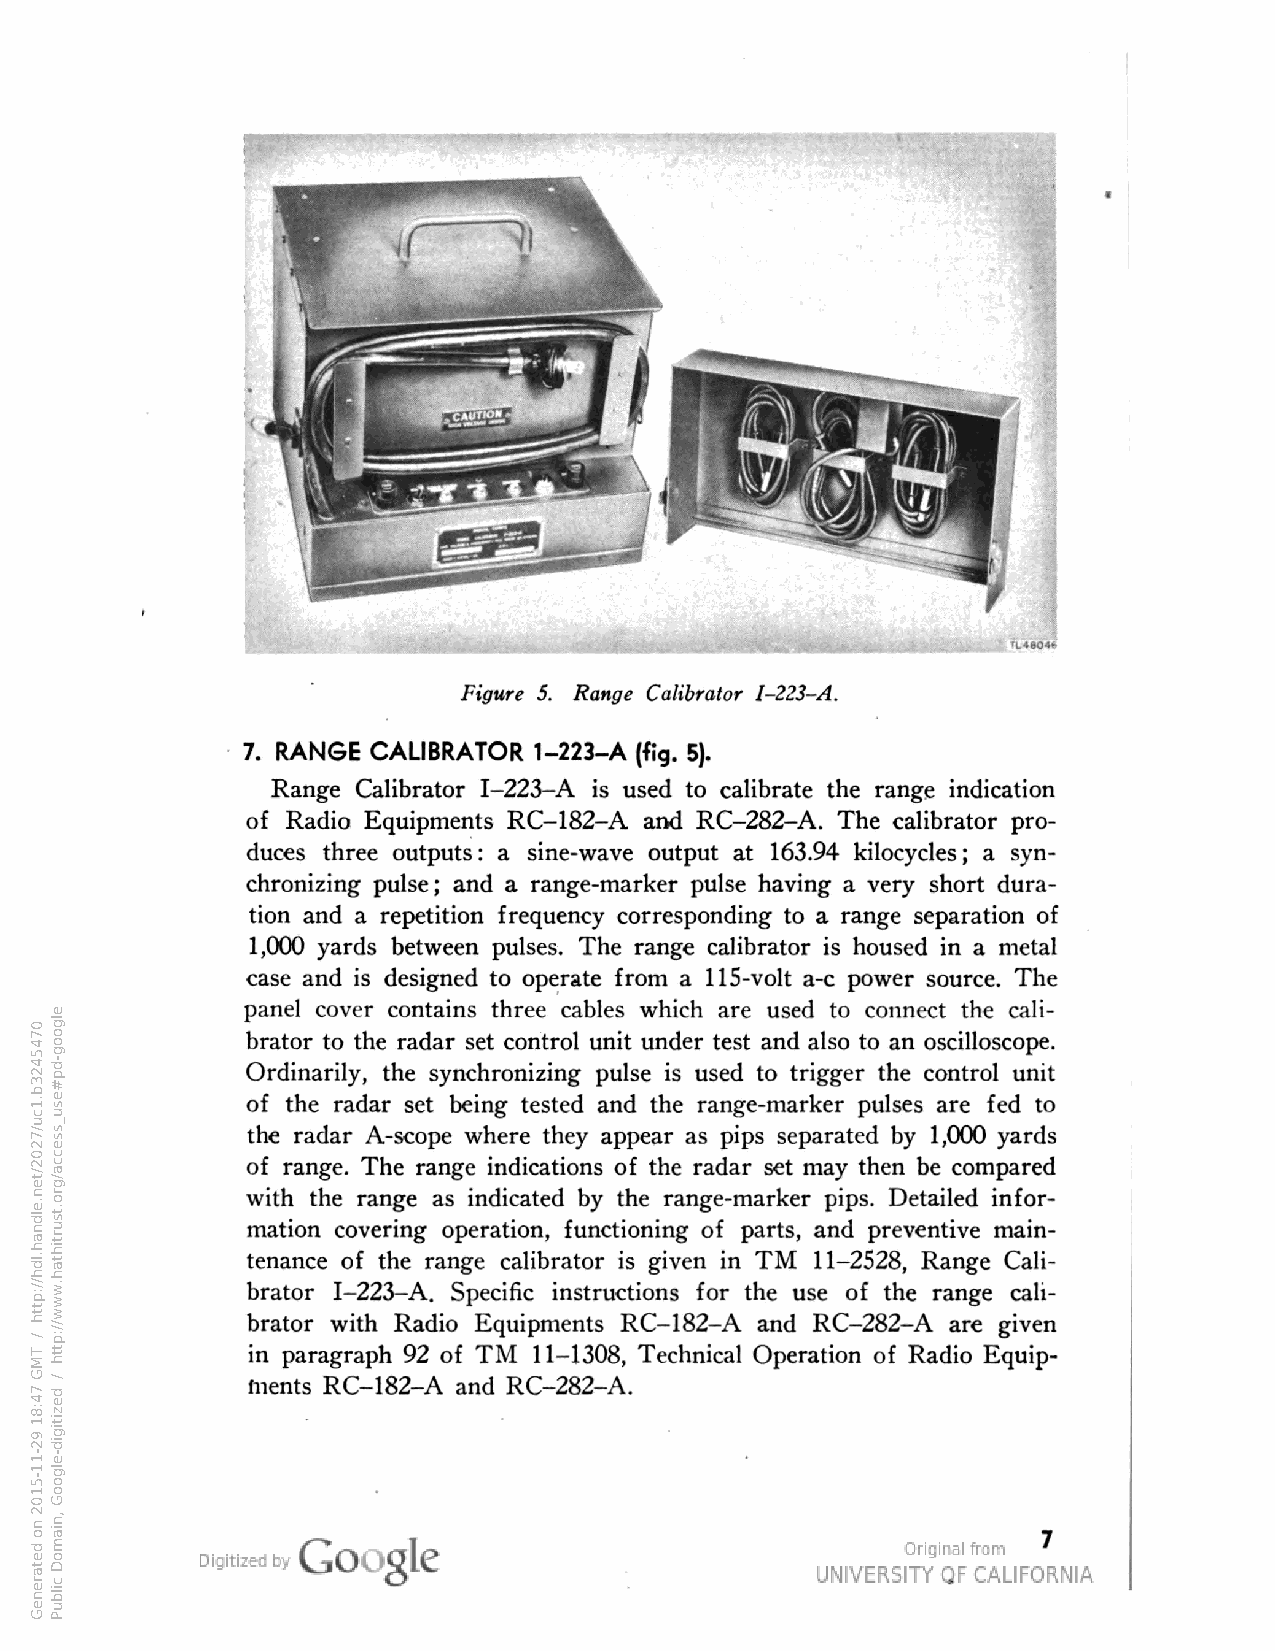
Figure 5. Range Calibrator 1-223-A.
 7. RANGE CALIBRATOR 1-223-A (fig.
 Range Calibrator 1-223-A used to calibrate the range indication
 of Radio Equipments RC-182-A and RC-282-A. The calibrator pro
 duces three outputs: sine-wave output at 163.94 kilocycles; syn
 chronizing pulse; and a range-marker pulse having very short dura
 tion and repetition frequency corresponding to a range separation of
 1,000 yards between pulses. The range calibrator housed in metal
 case and designed to operate from 115-volt a-c power source. The
 panel cover contains three cables which are used to connect the cali
 brator to the radar set control unit under test and also to an oscilloscope.
 Ordinarily, the synchronizing pulse used to trigger the control unit
 of the radar set being tested and the range-marker pulses are fed to
 the radar A-scope where they appear as pips separated by 1,000 yards
 of range. The range indications of the radar set may then be compared
 with the range as indicated by the range-marker pips. Detailed infor
 mation covering operation, functioning of parts, and preventive main
 tenance of the range calibrator given in TM 11-2528, Range Cali
 brator 1-223-A. Specific instructions for the use of the range cali
 brator with Radio Equipments RC-182-A and RC-282-A are given
 in paragraph 92 of TM 11-1308, Technical Operation of Radio Equip
 ments RC-182-A and RC-282-A.
 0745423b.1cu/7202/ten.eldnah.ldh//:ptth
 /
 TMG
 74:81
 92-11-5102
 no
 detareneG
 elgoog-dp#esu_ssecca/gro.tsurtihtah.www//:ptth
 / dezitigid-elgooG
 ,niamoD
 cilbuP
 a
 si
 a
 si
 si
 si
 a
 .)5
 si
 a
 a
 a